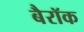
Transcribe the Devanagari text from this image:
बैरॉक